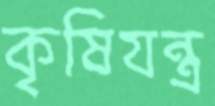
কৃষিযন্ত্র